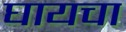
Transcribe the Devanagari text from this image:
घायचा